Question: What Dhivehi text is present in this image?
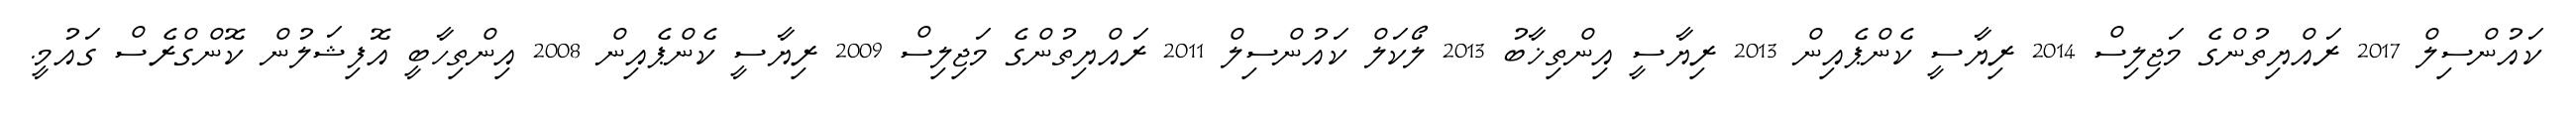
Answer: ކައުންސިލް 2017 ރައްޔިތުންގެ މަޖިލިސް 2014 ރިޔާސީ ކެންޕެއިން 2013 ރިޔާސީ އިންތިޚާބު 2013 ލޯކަލް ކައުންސިލް 2011 ރައްޔިތުންގެ މަޖިލިސް 2009 ރިޔާސީ ކެންޕެއިން 2008 އިންތިހާބީ އޮފިޝަލުން ކޮންގްރެސް ގައުމީ.